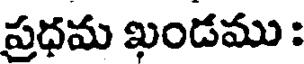
ప్రధమ ఖండము :